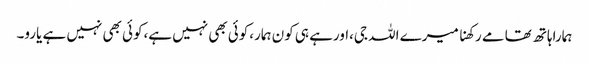
ہماراہاتھ تھامے رکھنا میرے اللہ جی،اورہے ہی کون ہمار،کوئی بھی نہیں ہے،کوئی بھی نہیں ہے یارو۔